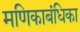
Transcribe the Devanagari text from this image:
मणिकाबंधिका